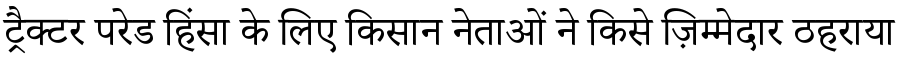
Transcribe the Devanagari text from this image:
ट्रैक्टर परेड हिंसा के लिए किसान नेताओं ने किसे ज़िम्मेदार ठहराया